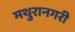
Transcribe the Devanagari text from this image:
मथुरानगरी